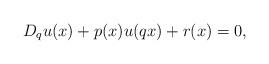
LaTeX: \begin{align*} D_{q} u(x)+ p(x) u(qx)+r(x)= 0, \end{align*}